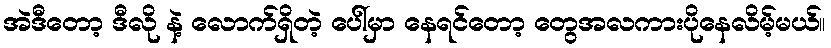
အဲဒီတော့ ဒီလို နဲ့ လောက်ရှိတဲ့ ပေါ်မှာ နေရင်တော့ တွေအလကားပိုနေလိမ့်မယ်။